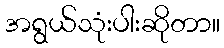
အရွယ်သုံးပါးဆိုတာ။